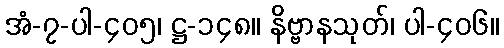
အံ-၇-ပါ-၄၀၅၊ ဋ္ဌ-၁၄၈။ နိဗ္ဗာနသုတ်၊ ပါ-၄၀၆။